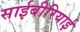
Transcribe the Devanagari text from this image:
साईबीरियाई